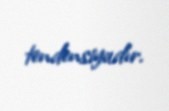
tendensiyadır.